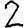
Digit: 2